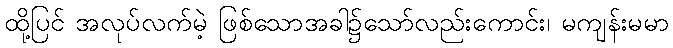
ထို့ပြင် အလုပ်လက်မဲ့ ဖြစ်သောအခါ၌သော်လည်းကောင်း၊ မကျန်းမမာ